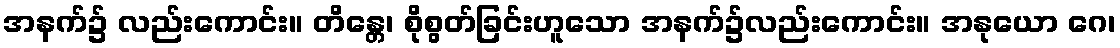
အနက်၌ လည်းကောင်း။ တိန္တေ၊ စိုစွတ်ခြင်းဟူသော အနက်၌လည်းကောင်း။ အနုယော ဂေ၊